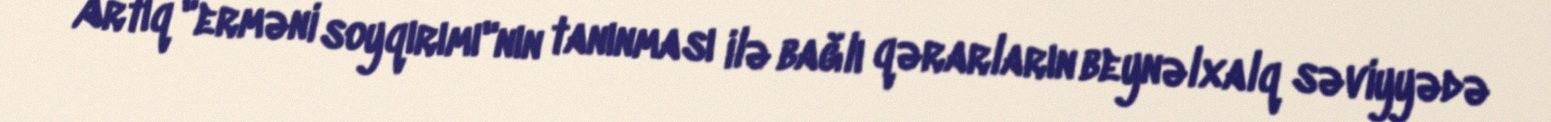
Artıq "erməni soyqırımı"nın tanınması ilə bağlı qərarların beynəlxalq səviyyədə